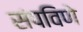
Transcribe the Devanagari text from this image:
संपविणे